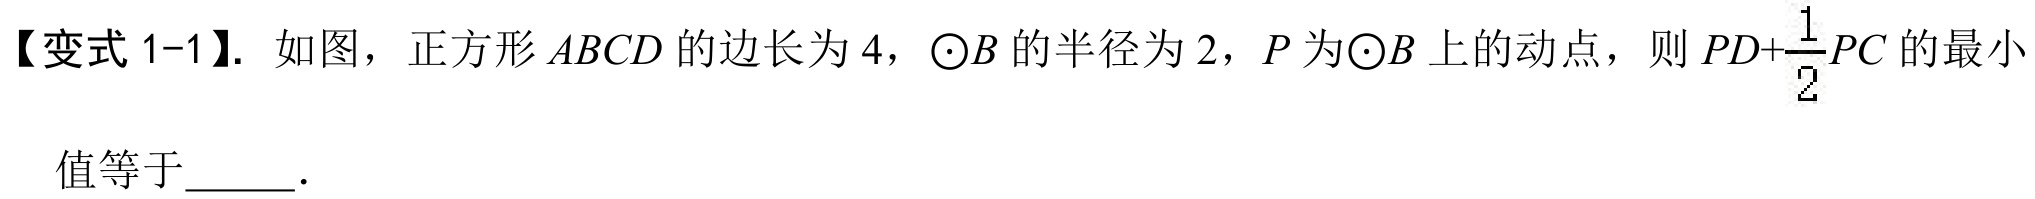
【变式 1-1】. 如图，正方形\(ABCD\)的边长为\(4\)，\(\odot B\)的半径为\(2\)，\(P\)为\(\odot B\)上的动点，则\(PD + \dfrac{1}{2}PC\)的最小值等于  ．